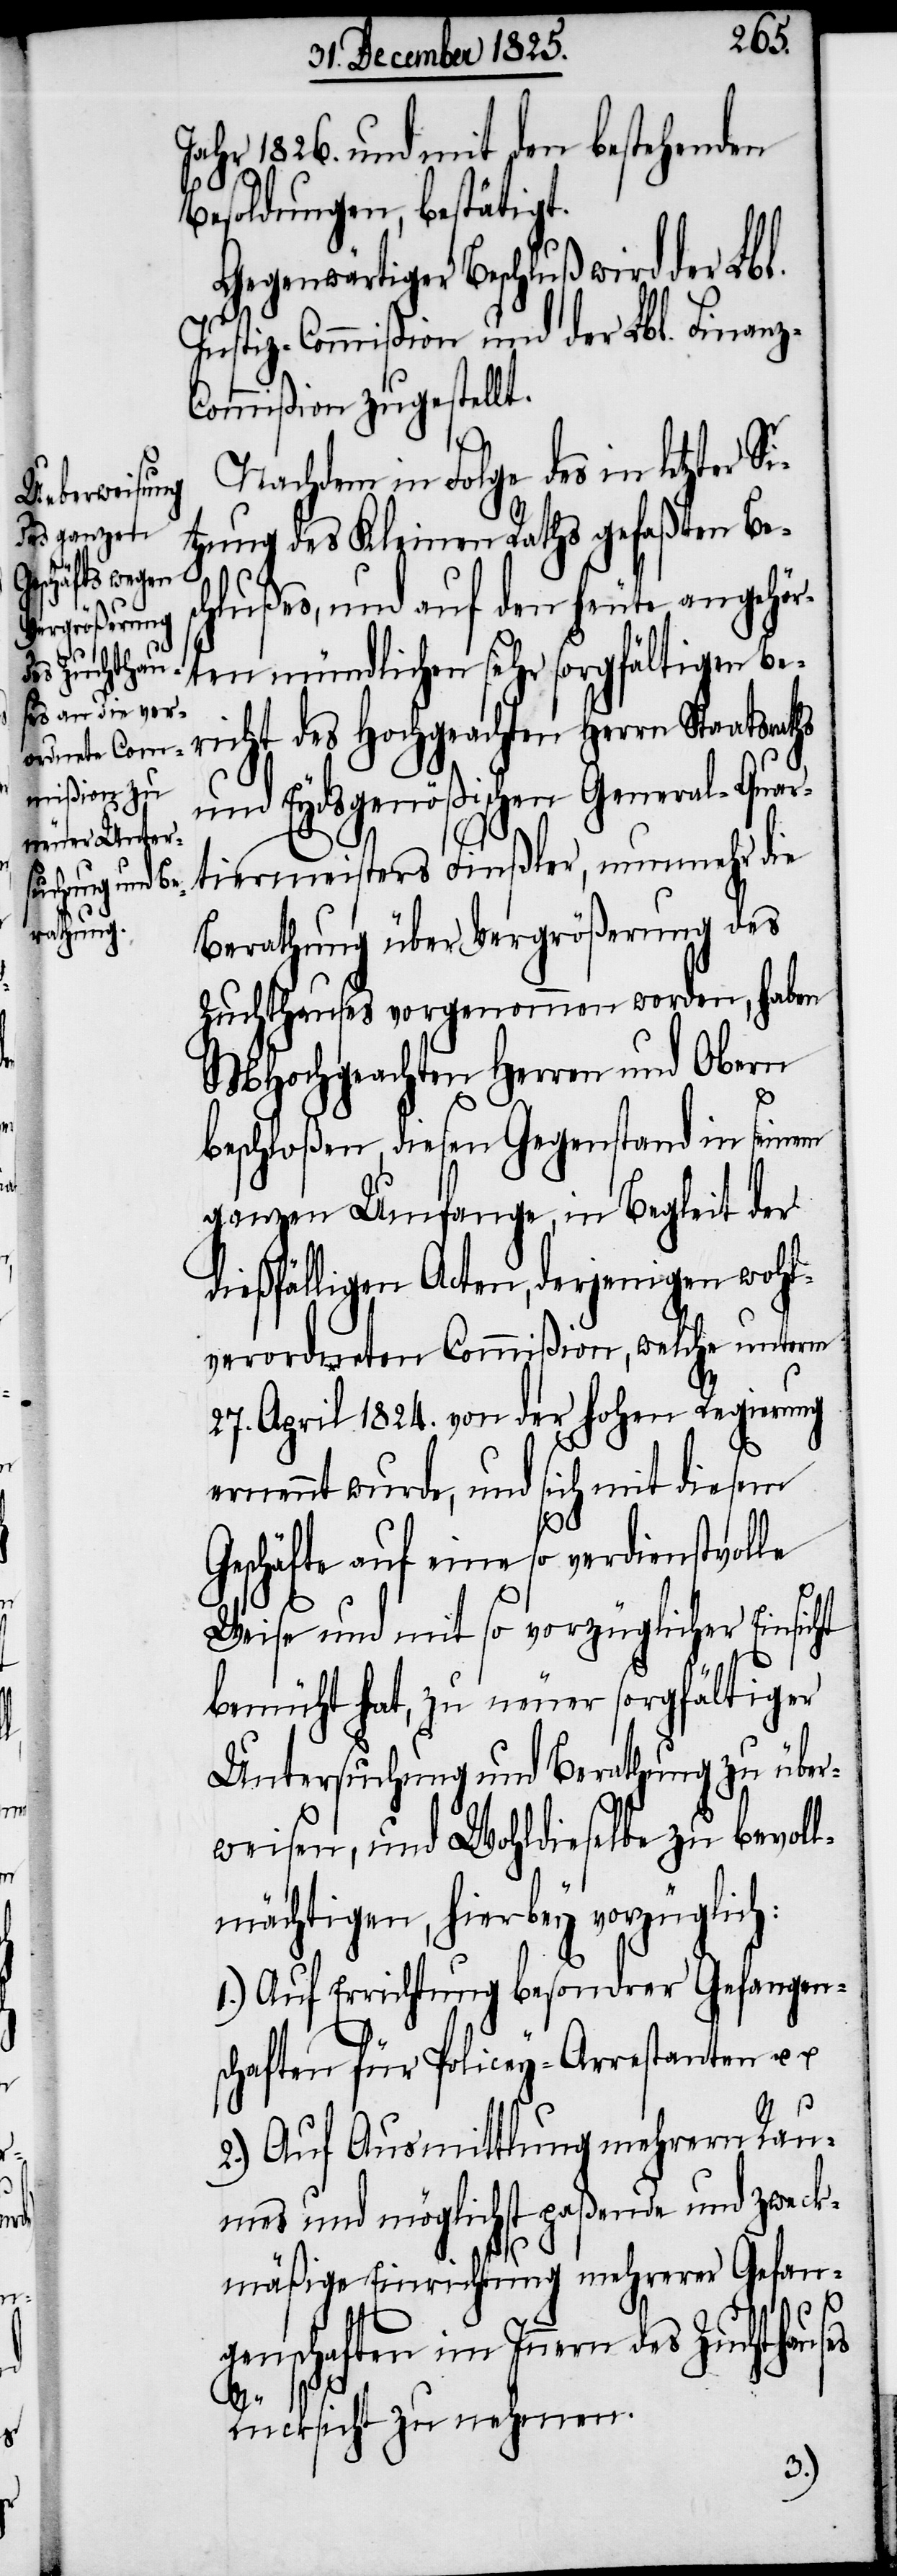
atsraths

Jahr 1826. und mit den bestehenden
Besoldungen, bestätigt.
genwärtiger Beschluß wird der
Justiz-Commißion und der Lbl. Finan¬
z-Commißion zugestellt.
Nachdem in Folge des in letzt¬
tzung des Kleinen Raths gefaßten Bes¬
chlußes, und auf den heute angehör¬
ten mündlichen sehr sorgfältigen Be¬
richt des Hochgeachten Herrn Sta¬
und Eydsgenößischen General-Quar¬
tiermeisters Finßler, nunmehr die
Berathung über Vergrößerung des
Zuchthauses vorgenommen worden, haben
MHochgeachten Herren und Obern
beschloßen, diesen Gegenstand in seinem
ganzen Umfange, in Begleit der
dießfälligen Acten, derjenigen wohl¬
verordneten Commißion, welche unterm
27. April 1824. von der hohen Regierung
ernennt wurde, und sich mit diesem
Geschäfte auf eine so verdienstvolle
Weise und mit so vorzüglicher Einsicht
bemüht hat, zu neuer sorgfältiger
Untersuchung und Berathung zu über¬
weisen, und Wohldieselbe zu bevoll¬
mächtigen, hierbey vorzüglich:
1.) Auf Errichtung besondrer Gefangen¬
schaften für Policey-Arrestanten u.
2.) Auf Ausmittlung mehrern Rau¬
mes und möglichst paßende und zweck¬
mäßige Einrichtung mehrerer Gefan¬
genschaften im Innern des Zuchthauses
er Si¬
Rücksicht zu nehmen.